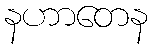
နဟာတေန